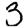
Digit: 3